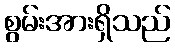
စွမ်းအားရှိသည်